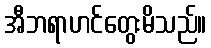
အီဘရာဟင်တွေးမိသည်။